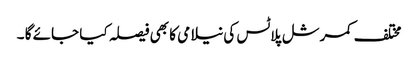
مختلف کمرشل پلاٹس کی نیلامی کا بھی فیصلہ کیا جائے گا ۔